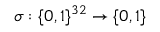
\sigma : \{ 0 , 1 \} ^ { 3 2 } \to \{ 0 , 1 \}